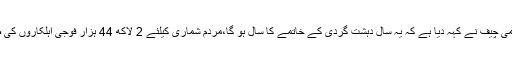
مردم شماری سے متعلق توجہ دلاؤنوٹس پرپارلیمانی سیکرٹر ی رانا افضل کا کہنا تھا کہ آرمی چیف نے کہہ دیا ہے کہ یہ سال دہشت گردی کے خاتمے کا سال ہو گا،مردم شماری کیلئے 2 لاکھ 44 ہزار فوجی اہلکاروں کی ضرورت ہے،فی الحال اتنی بڑی تعداد میں اہلکاروں کی تعیناتی کیلئے فوج دستیاب نہیں ہے۔